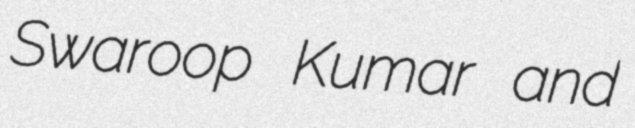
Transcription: Swaroop Kumar and